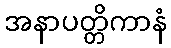
အနာပတ္တိကာနံ